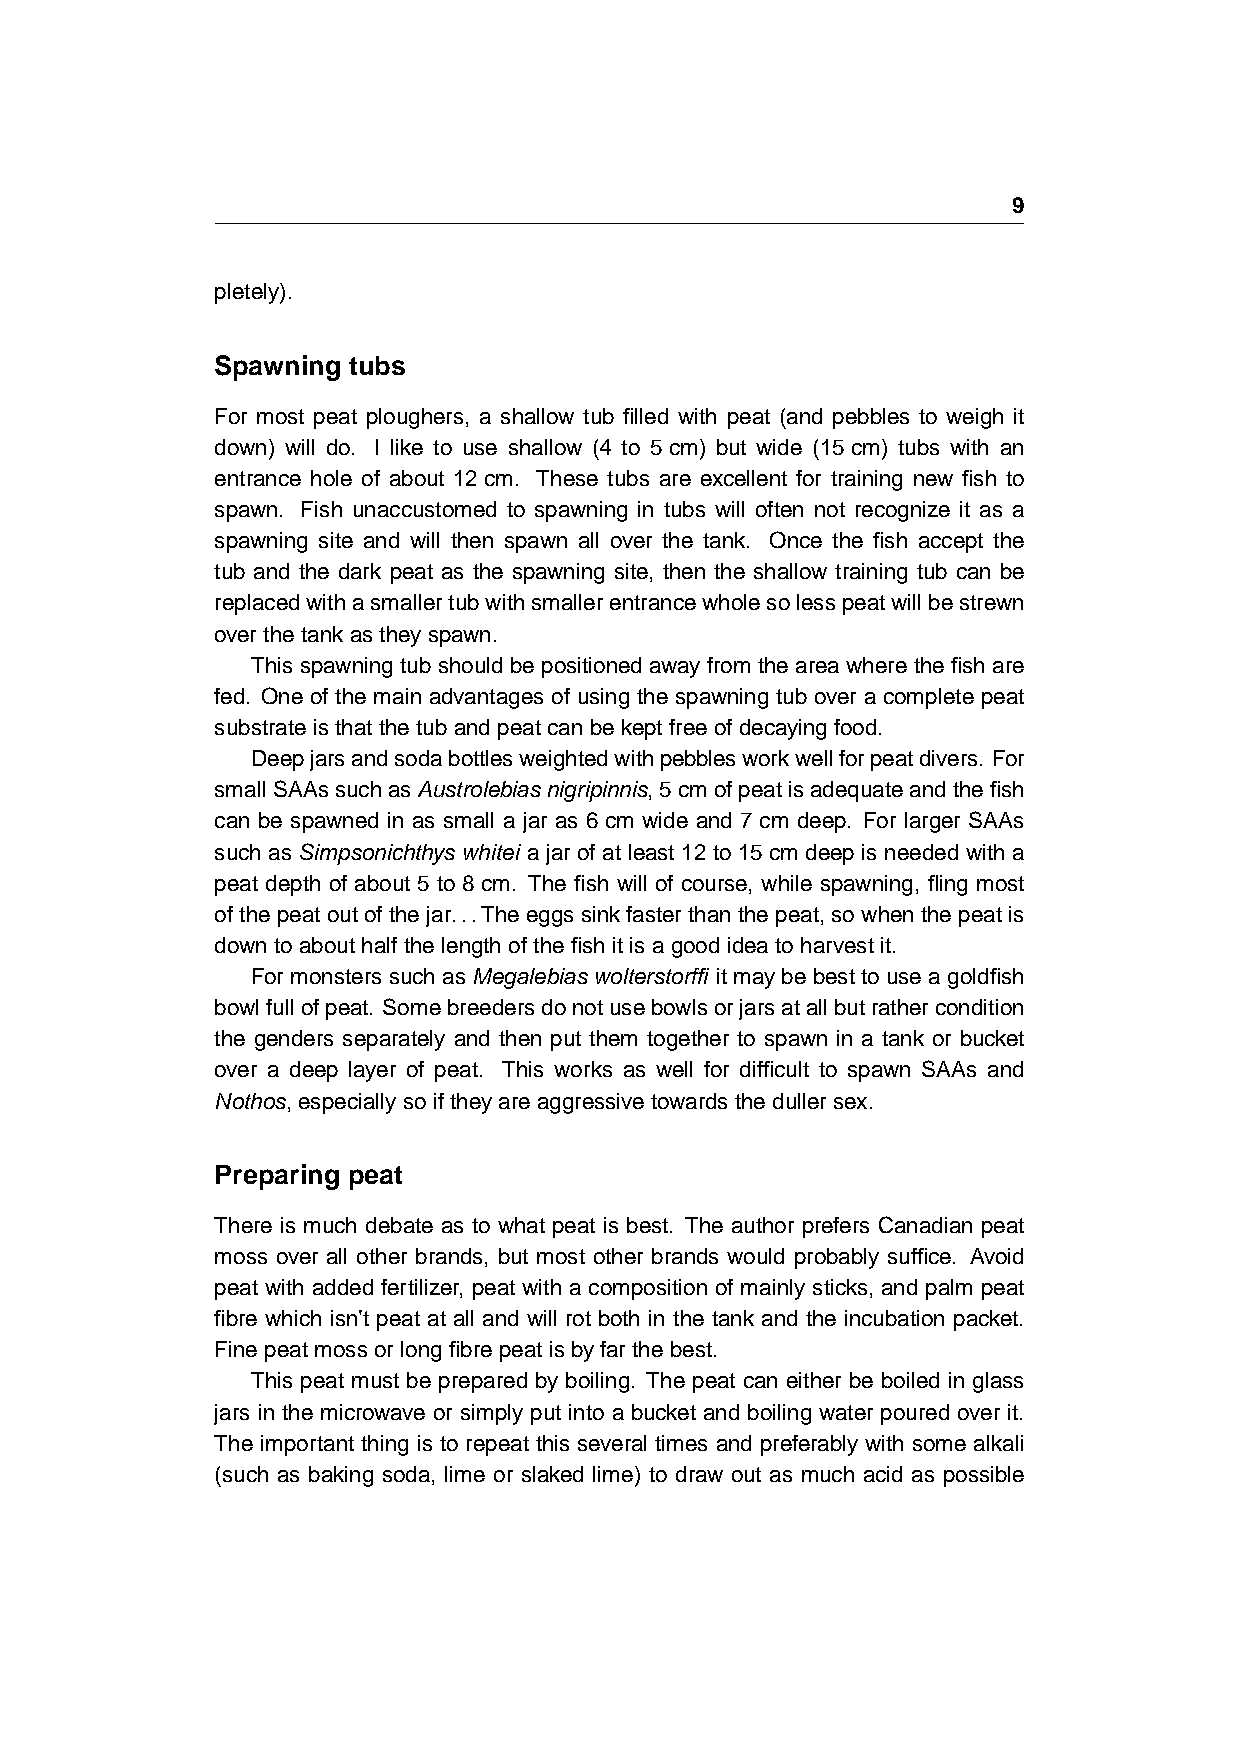
9
 pletely).
 Spawning tubs
 For most peat ploughers, a shallow tub filled with peat (and pebbles to weigh it
 down) will do. I like to use shallow (4 to 5cm) but wide (15cm) tubs with an
 entrance hole of about 12cm. These tubs are excellent for training new fish to
 spawn. Fish unaccustomed to spawning in tubs will often not recognize it as a
 spawning site and will then spawn all over the tank. Once the fish accept the
 tub and the dark peat as the spawning site, then the shallow training tub can be
 replacedwithasmallertubwithsmallerentrancewholesolesspeatwillbestrewn
 overthetankastheyspawn.
 Thisspawningtubshouldbepositionedawayfromtheareawherethefishare
 fed. One of the main advantages of using the spawning tub over a complete peat
 substrateisthatthetubandpeatcanbekeptfreeofdecayingfood.
 Deepjarsandsodabottlesweightedwithpebblesworkwellforpeatdivers. For
 smallSAAssuchasAustrolebiasnigripinnis,5cmofpeatisadequateandthefish
 can be spawned in as small a jar as 6cm wide and 7cm deep. For larger SAAs
 such as Simpsonichthys whitei a jar of at least 12 to 15cm deep is needed with a
 peat depth of about 5 to 8cm. The fish will of course, while spawning, fling most
 ofthepeatoutofthejar...Theeggssinkfasterthanthepeat,sowhenthepeatis
 downtoabouthalfthelengthofthefishitisagoodideatoharvestit.
 Formonsterssuch asMegalebiaswolterstorffi itmay be besttouse agoldfish
 bowlfullofpeat. Somebreedersdonotusebowlsorjarsatallbutrathercondition
 the genders separately and then put them together to spawn in a tank or bucket
 over a deep layer of peat. This works as well for difficult to spawn SAAs and
 Nothos,especiallysoiftheyareaggressivetowardsthedullersex.
 Preparing peat
 There is much debate as to what peat is best. The author prefers Canadian peat
 moss over all other brands, but most other brands would probably suffice. Avoid
 peat with added fertilizer, peat with a composition of mainly sticks, and palm peat
 fibre which isn’t peat at all and will rot both in the tank and the incubation packet.
 Finepeatmossorlongfibrepeatisbyfarthebest.
 This peat must be prepared by boiling. The peat can either be boiled in glass
 jars in the microwave or simply put into a bucket and boiling water poured over it.
 The important thing is to repeat this several times and preferably with some alkali
 (such as baking soda, lime or slaked lime) to draw out as much acid as possible